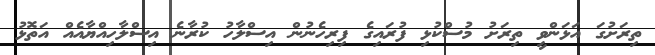
ތިރަށުގަ އަޅަންވީ ތިރަށު މުސްކުޅި ފުރައިގެ ފިރިހެނުން އިސްލާހު ކުރާނެ އިސްލާހިއްޔާއެއް އަތޮޅު